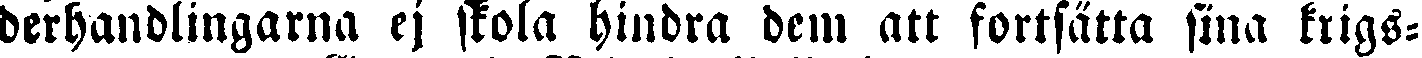
derhandlingarna ej skola hindra dem att fortsätta sina krigs-